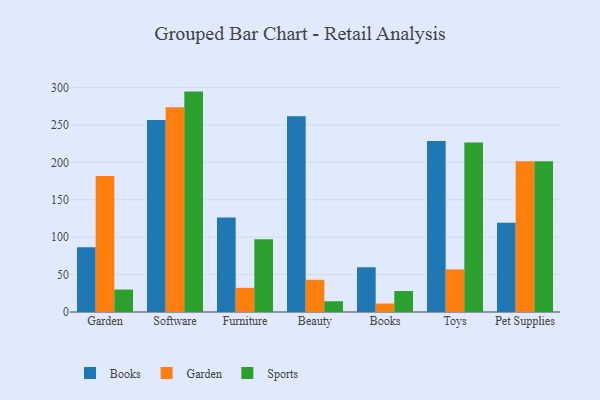
{"axis": {"x": "Category", "y": "Revenue (USD Million)"}, "legend": ["Books", "Garden", "Sports"], "data": [{"x": "Garden", "y": 86.6, "type": "Books"}, {"x": "Garden", "y": 181.9, "type": "Garden"}, {"x": "Garden", "y": 30.0, "type": "Sports"}, {"x": "Software", "y": 256.5, "type": "Books"}, {"x": "Software", "y": 273.6, "type": "Garden"}, {"x": "Software", "y": 294.6, "type": "Sports"}, {"x": "Furniture", "y": 126.2, "type": "Books"}, {"x": "Furniture", "y": 32.3, "type": "Garden"}, {"x": "Furniture", "y": 97.1, "type": "Sports"}, {"x": "Beauty", "y": 261.6, "type": "Books"}, {"x": "Beauty", "y": 43.1, "type": "Garden"}, {"x": "Beauty", "y": 14.4, "type": "Sports"}, {"x": "Books", "y": 59.8, "type": "Books"}, {"x": "Books", "y": 11.3, "type": "Garden"}, {"x": "Books", "y": 28.0, "type": "Sports"}, {"x": "Toys", "y": 228.7, "type": "Books"}, {"x": "Toys", "y": 56.9, "type": "Garden"}, {"x": "Toys", "y": 226.4, "type": "Sports"}, {"x": "Pet Supplies", "y": 119.4, "type": "Books"}, {"x": "Pet Supplies", "y": 201.4, "type": "Garden"}, {"x": "Pet Supplies", "y": 201.4, "type": "Sports"}]}